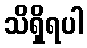
သိရှိရပါ